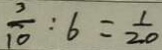
\frac { 3 } { 1 0 } : 6 = \frac { 1 } { 2 0 }